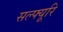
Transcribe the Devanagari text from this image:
सल्फ्यूरि